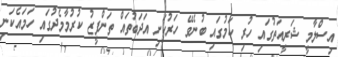
އިސްލާމީ ޝަރީއަތުގައި ހުރި ކަމުގައި ބުނެވޭ ހަރުކަށި އަދަބުތައް ތަންފީޒު ކުރުމާމެދުގައި ހަމައެކަނި